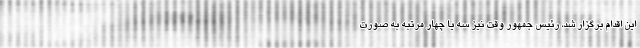
این اقدام برگزار شد، رئیس جمهور وقت نیز سه یا چهار مرتبه به صورت